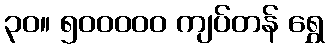
၃၀။ ၅၀၀၀၀၀ ကျပ်တန် ရွှေ